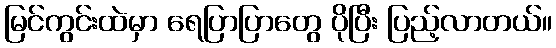
မြင်ကွင်းထဲမှာ ရေပြာပြာတွေ ပိုပြီး ပြည့်လာတယ်။